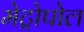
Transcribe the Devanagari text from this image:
मेट्रोपोल